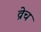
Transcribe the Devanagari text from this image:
व्रेच